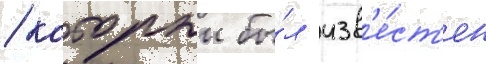
/ которыи бы́л изв'е́ст'ен